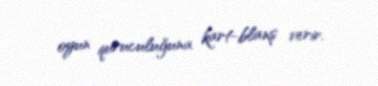
oyun quruculuğuna kart-blanş verir.